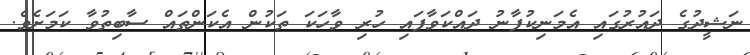
ނަޝީދުގެ ދައުރުގައި އެމަނިކުފާނު ދައްކަވާފައި ހުރި ވާހަކަ ތަކުން އެކަންތައް ސާބިތުވާ ކަމަށެވެ.